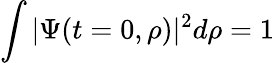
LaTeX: \int|\Psi(t=0,\rho)|^{2}d\rho=1